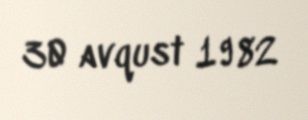
30 avqust 1982